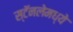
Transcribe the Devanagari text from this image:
स्टॅनलेमध्ये